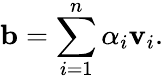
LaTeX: \mathbf{b}=\sum_{i=1}^{n}\alpha_{i}\mathbf{v}_{i}.